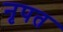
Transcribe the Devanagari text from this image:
नृपत